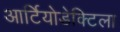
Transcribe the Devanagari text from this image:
आर्टियोडेक्टिला